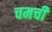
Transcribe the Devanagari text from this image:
चमची